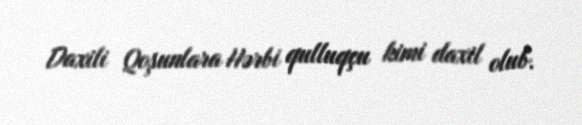
Daxili Qoşunlara Hərbi qulluqçu kimi daxil olub.